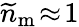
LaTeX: \widetilde{n}_{\mathrm{m}}\! \approx\! 1